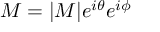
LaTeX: M = | M | e ^ { i \theta } e ^ { i \phi }